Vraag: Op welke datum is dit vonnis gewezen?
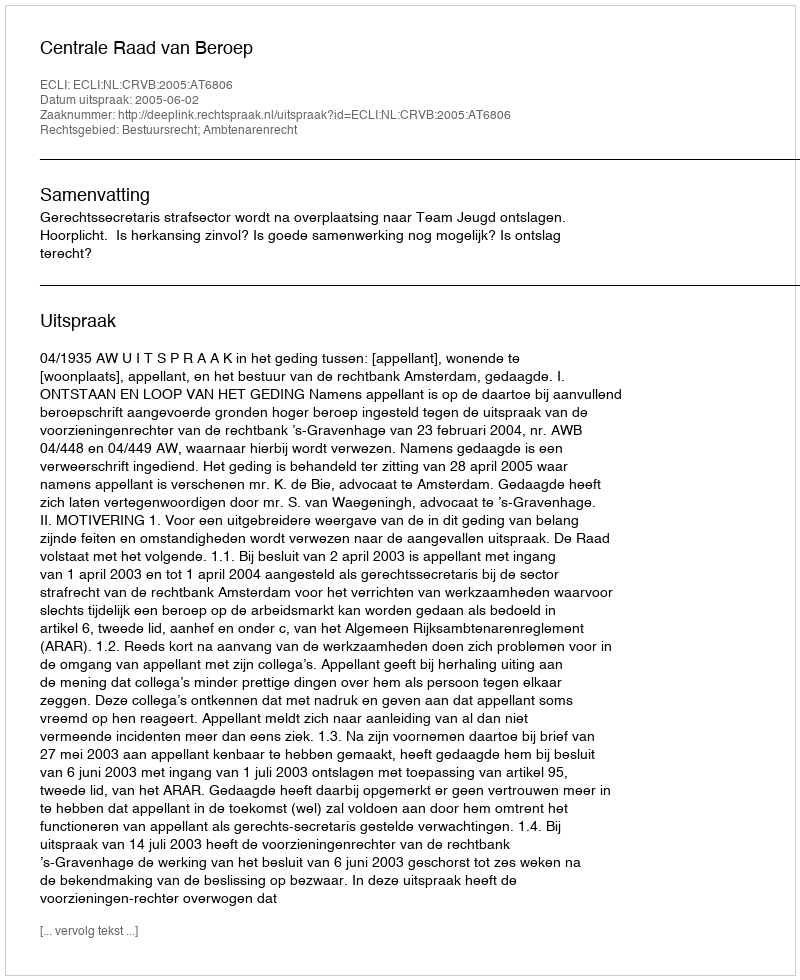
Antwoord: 2005-06-02